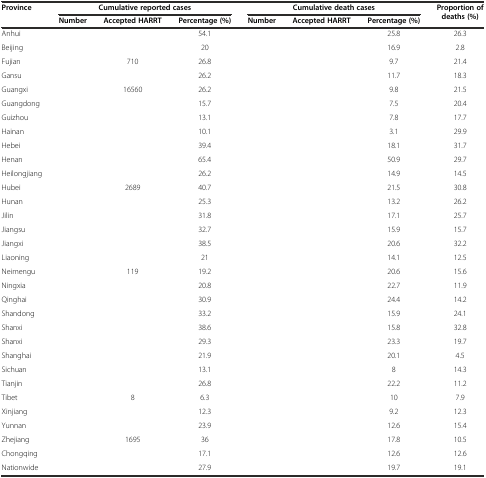
<table><thead><tr><td rowspan="2"><b>Province</b></td><td colspan="3"><b>Cumulative reported cases</b></td><td colspan="3"><b>Cumulative death cases</b></td><td rowspan="2"><b>Proportion of deaths (%)</b></td></tr><tr><td><b>Number</b></td><td><b>Accepted HARRT</b></td><td><b>Percentage (%)</b></td><td><b>Number</b></td><td><b>Accepted HARRT</b></td><td><b>Percentage (%)</b></td></tr></thead><tbody><tr><td>Anhui</td><td>[EMPTY_CELL]</td><td>[EMPTY_CELL]</td><td>54.1</td><td>[EMPTY_CELL]</td><td>[EMPTY_CELL]</td><td>25.8</td><td>26.3</td></tr><tr><td>Beijing</td><td>[EMPTY_CELL]</td><td>[EMPTY_CELL]</td><td>20</td><td>[EMPTY_CELL]</td><td>[EMPTY_CELL]</td><td>16.9</td><td>2.8</td></tr><tr><td>Fujian</td><td>[EMPTY_CELL]</td><td>710</td><td>26.8</td><td>[EMPTY_CELL]</td><td>[EMPTY_CELL]</td><td>9.7</td><td>21.4</td></tr><tr><td>Gansu</td><td>[EMPTY_CELL]</td><td>[EMPTY_CELL]</td><td>26.2</td><td>[EMPTY_CELL]</td><td>[EMPTY_CELL]</td><td>11.7</td><td>18.3</td></tr><tr><td>Guangxi</td><td>[EMPTY_CELL]</td><td>16560</td><td>26.2</td><td>[EMPTY_CELL]</td><td>[EMPTY_CELL]</td><td>9.8</td><td>21.5</td></tr><tr><td>Guangdong</td><td>[EMPTY_CELL]</td><td>[EMPTY_CELL]</td><td>15.7</td><td>[EMPTY_CELL]</td><td>[EMPTY_CELL]</td><td>7.5</td><td>20.4</td></tr><tr><td>Guizhou</td><td>[EMPTY_CELL]</td><td>[EMPTY_CELL]</td><td>13.1</td><td>[EMPTY_CELL]</td><td>[EMPTY_CELL]</td><td>7.8</td><td>17.7</td></tr><tr><td>Hainan</td><td>[EMPTY_CELL]</td><td>[EMPTY_CELL]</td><td>10.1</td><td>[EMPTY_CELL]</td><td>[EMPTY_CELL]</td><td>3.1</td><td>29.9</td></tr><tr><td>Hebei</td><td>[EMPTY_CELL]</td><td>[EMPTY_CELL]</td><td>39.4</td><td>[EMPTY_CELL]</td><td>[EMPTY_CELL]</td><td>18.1</td><td>31.7</td></tr><tr><td>Henan</td><td>[EMPTY_CELL]</td><td>[EMPTY_CELL]</td><td>65.4</td><td>[EMPTY_CELL]</td><td>[EMPTY_CELL]</td><td>50.9</td><td>29.7</td></tr><tr><td>Heilongjiang</td><td>[EMPTY_CELL]</td><td>[EMPTY_CELL]</td><td>26.2</td><td>[EMPTY_CELL]</td><td>[EMPTY_CELL]</td><td>14.9</td><td>14.5</td></tr><tr><td>Hubei</td><td>[EMPTY_CELL]</td><td>2689</td><td>40.7</td><td>[EMPTY_CELL]</td><td>[EMPTY_CELL]</td><td>21.5</td><td>30.8</td></tr><tr><td>Hunan</td><td>[EMPTY_CELL]</td><td>[EMPTY_CELL]</td><td>25.3</td><td>[EMPTY_CELL]</td><td>[EMPTY_CELL]</td><td>13.2</td><td>26.2</td></tr><tr><td>Jilin</td><td>[EMPTY_CELL]</td><td>[EMPTY_CELL]</td><td>31.8</td><td>[EMPTY_CELL]</td><td>[EMPTY_CELL]</td><td>17.1</td><td>25.7</td></tr><tr><td>Jiangsu</td><td>[EMPTY_CELL]</td><td>[EMPTY_CELL]</td><td>32.7</td><td>[EMPTY_CELL]</td><td>[EMPTY_CELL]</td><td>15.9</td><td>15.7</td></tr><tr><td>Jiangxi</td><td>[EMPTY_CELL]</td><td>[EMPTY_CELL]</td><td>38.5</td><td>[EMPTY_CELL]</td><td>[EMPTY_CELL]</td><td>20.6</td><td>32.2</td></tr><tr><td>Liaoning</td><td>[EMPTY_CELL]</td><td>[EMPTY_CELL]</td><td>21</td><td>[EMPTY_CELL]</td><td>[EMPTY_CELL]</td><td>14.1</td><td>12.5</td></tr><tr><td>Neimengu</td><td>[EMPTY_CELL]</td><td>119</td><td>19.2</td><td>[EMPTY_CELL]</td><td>[EMPTY_CELL]</td><td>20.6</td><td>15.6</td></tr><tr><td>Ningxia</td><td>[EMPTY_CELL]</td><td>[EMPTY_CELL]</td><td>20.8</td><td>[EMPTY_CELL]</td><td>[EMPTY_CELL]</td><td>22.7</td><td>11.9</td></tr><tr><td>Qinghai</td><td>[EMPTY_CELL]</td><td>[EMPTY_CELL]</td><td>30.9</td><td>[EMPTY_CELL]</td><td>[EMPTY_CELL]</td><td>24.4</td><td>14.2</td></tr><tr><td>Shandong</td><td>[EMPTY_CELL]</td><td>[EMPTY_CELL]</td><td>33.2</td><td>[EMPTY_CELL]</td><td>[EMPTY_CELL]</td><td>15.9</td><td>24.1</td></tr><tr><td>Shanxi</td><td>[EMPTY_CELL]</td><td>[EMPTY_CELL]</td><td>38.6</td><td>[EMPTY_CELL]</td><td>[EMPTY_CELL]</td><td>15.8</td><td>32.8</td></tr><tr><td>Shanxi</td><td>[EMPTY_CELL]</td><td>[EMPTY_CELL]</td><td>29.3</td><td>[EMPTY_CELL]</td><td>[EMPTY_CELL]</td><td>23.3</td><td>19.7</td></tr><tr><td>Shanghai</td><td>[EMPTY_CELL]</td><td>[EMPTY_CELL]</td><td>21.9</td><td>[EMPTY_CELL]</td><td>[EMPTY_CELL]</td><td>20.1</td><td>4.5</td></tr><tr><td>Sichuan</td><td>[EMPTY_CELL]</td><td>[EMPTY_CELL]</td><td>13.1</td><td>[EMPTY_CELL]</td><td>[EMPTY_CELL]</td><td>8</td><td>14.3</td></tr><tr><td>Tianjin</td><td>[EMPTY_CELL]</td><td>[EMPTY_CELL]</td><td>26.8</td><td>[EMPTY_CELL]</td><td>[EMPTY_CELL]</td><td>22.2</td><td>11.2</td></tr><tr><td>Tibet</td><td>[EMPTY_CELL]</td><td>8</td><td>6.3</td><td>[EMPTY_CELL]</td><td>[EMPTY_CELL]</td><td>10</td><td>7.9</td></tr><tr><td>Xinjiang</td><td>[EMPTY_CELL]</td><td>[EMPTY_CELL]</td><td>12.3</td><td>[EMPTY_CELL]</td><td>[EMPTY_CELL]</td><td>9.2</td><td>12.3</td></tr><tr><td>Yunnan</td><td>[EMPTY_CELL]</td><td>[EMPTY_CELL]</td><td>23.9</td><td>[EMPTY_CELL]</td><td>[EMPTY_CELL]</td><td>12.6</td><td>15.4</td></tr><tr><td>Zhejiang</td><td>[EMPTY_CELL]</td><td>1695</td><td>36</td><td>[EMPTY_CELL]</td><td>[EMPTY_CELL]</td><td>17.8</td><td>10.5</td></tr><tr><td>Chongqing</td><td>[EMPTY_CELL]</td><td>[EMPTY_CELL]</td><td>17.1</td><td>[EMPTY_CELL]</td><td>[EMPTY_CELL]</td><td>12.6</td><td>12.6</td></tr><tr><td>Nationwide</td><td>[EMPTY_CELL]</td><td>[EMPTY_CELL]</td><td>27.9</td><td>[EMPTY_CELL]</td><td>[EMPTY_CELL]</td><td>19.7</td><td>19.1</td></tr></tbody></table>